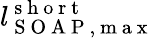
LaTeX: l_{\mathrm{~S~O~A~P~,~m~a~x~}}^{\mathrm{~s~h~o~r~t~}}